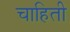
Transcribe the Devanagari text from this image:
चाहिती